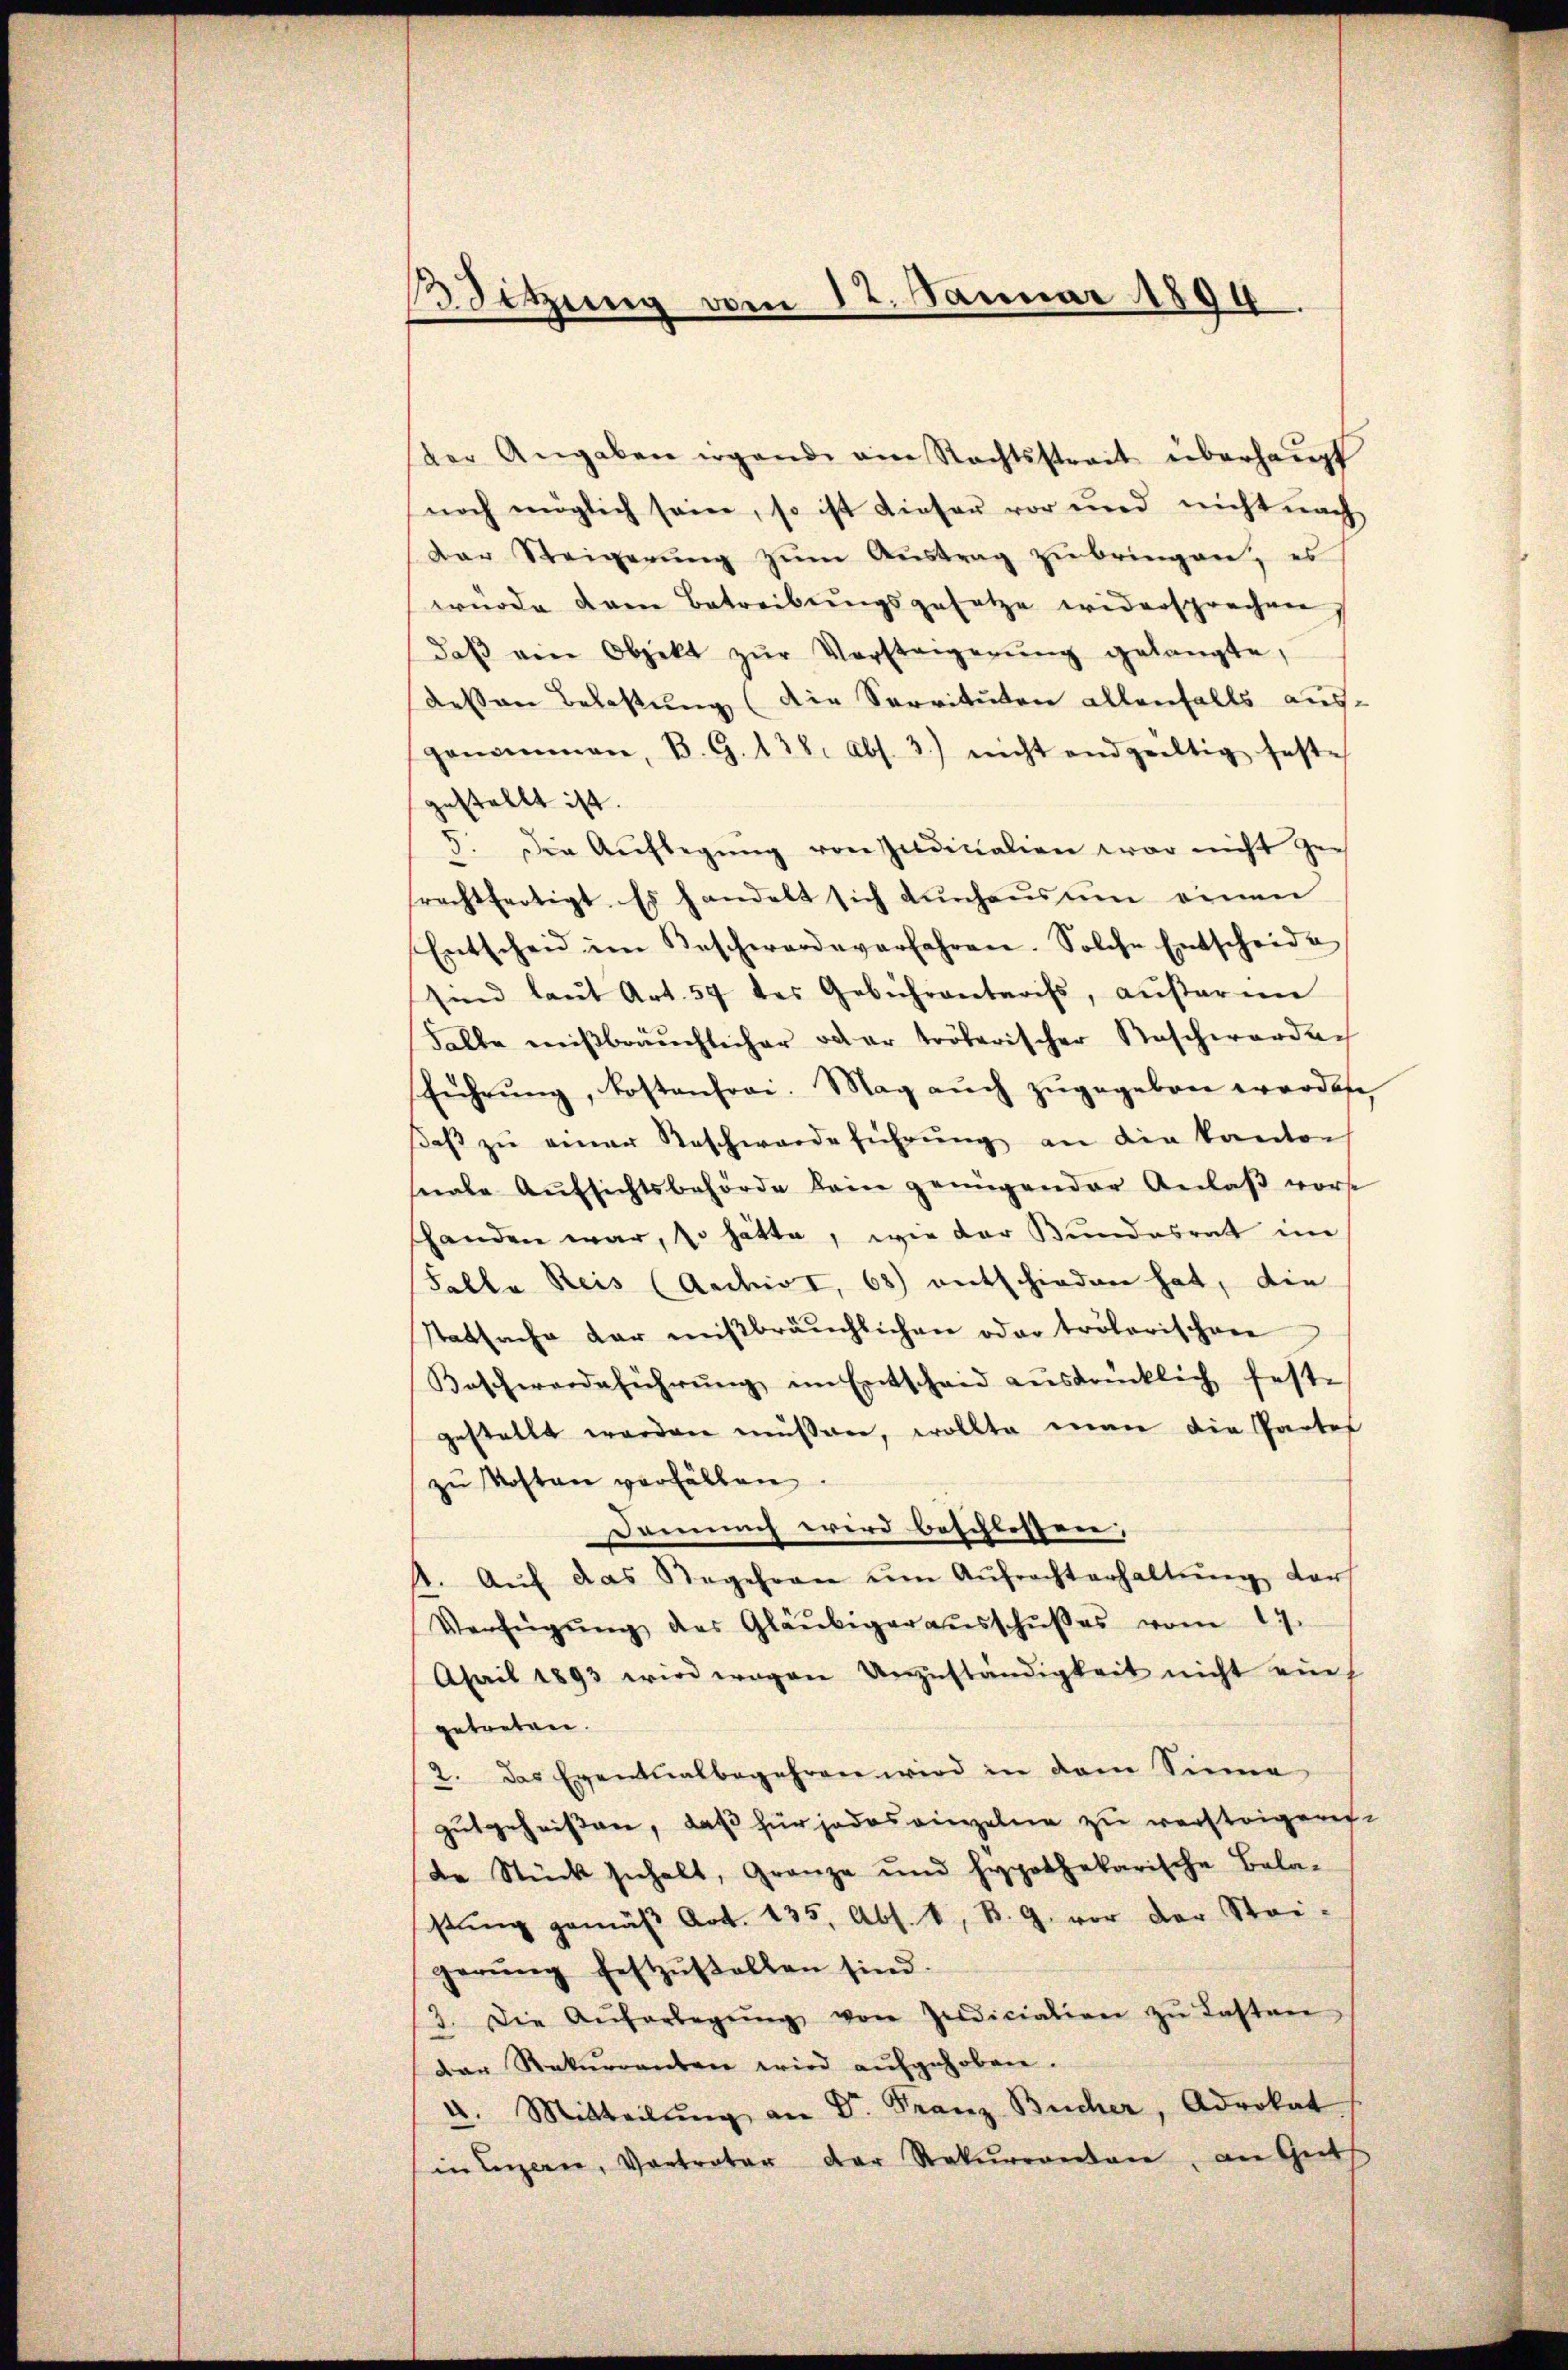
13. Sitzung vom 12. Januar 1894

der Angaben irgende am Rechtsstreit überhaŭpt
noch möglich seine, so ist dieser vor und nicht nach
Dar Steigerŭng zŭm Aŭstrag zŭ bringen, es
würde dem Betreibŭngsgesetze widersprechen,
daβ ein Objekt zŭr Vorsteigerŭng gelangte,
dessen Belastung (die Servituten allenfalls ausgenommen, B. G. 138. Abs. 3.) nicht endgültig feste
gestellt ist.
5. Die Aŭfbegŭng von Indicalien war nicht gerechtfertigt. Es handelt sich durchaus um einen
Entscheid im Beschwerde verfahren. Solche Entscheide
sind laŭt Art. 57 des Gebührentarifs, aŭβern
Falle mißbräuchlicher oder trölerischer Raschwerdach
führŭng, kostenfrei. Mag aŭch zŭgegeben worden,
saβ zŭ einer Beschwerdeführŭng an die kanton
nale Aufsichtsbehörde kein genügender Anlaβ vorst
shanden war, so hätte, wie der Bundesrat im
(Salle Reis (Archivt, 68) entschieden hat, die
Statsache der mißbräuchlichen oder trölerischen
Koschwerdeführŭng im Entscheid aŭsdrücklich feste
gestellt werden müssen, wollte man die Partes
zŭ Kosten verfällen.
Damnach wird beschlossen,
1. Aŭf das Regehren ŭm Aŭfrechterhaltŭng der
Verfügŭng des Gläubiger aŭsschŭβes vom 17.
Ahail 1893 wird wegen Unzuständigkeit nicht ein
getreten.
2. Das Eventualbegehren wird in dem Sinne
gutgeheißen, daß für jedes einzelne zu versteigeret.
de Stück sichelt, Granze und hypothekarische Bela-
stung gemäß Art. 135, Abs. 1, B. G. vor der Stei-
gerŭng festzŭstellen sind.
3. Die Aufarbegŭng von Zediciation zŭ lasten
Der Rekurrenten wird aufgehoben.
4. Mitteilŭng an Dr. Franz Bücher, Advokat
in Luzern, Vortreter der Rekurrenten, an Guts